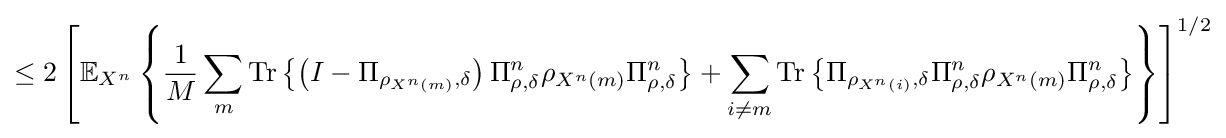
\leq 2\left[\mathbb {E} _{X^{n}}\left\{{\frac {1}{M}}\sum _{m}{\text{Tr}}\left\{\left(I-\Pi _{\rho _{X^{n}\left(m\right)},\delta }\right)\Pi _{\rho ,\delta }^{n}\rho _{X^{n}\left(m\right)}\Pi _{\rho ,\delta }^{n}\right\}+\sum _{i\neq m}{\text{Tr}}\left\{\Pi _{\rho _{X^{n}\left(i\right)},\delta }\Pi _{\rho ,\delta }^{n}\rho _{X^{n}\left(m\right)}\Pi _{\rho ,\delta }^{n}\right\}\right\}\right]^{1/2}